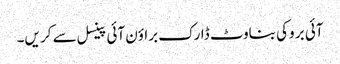
آئی بر وکی بناوٹ ڈارک براؤن آئی پینسل سے کر یں۔